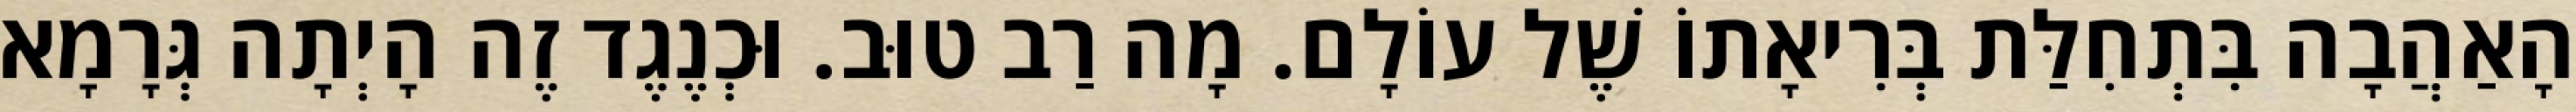
הָאַהֲבָה בִּתְחִלַּת בְּרִיאָתוֹ שֶׁל עוֹלָם. מָה רַב טוּב. וּכְנֶגֶד זֶה הָיְתָה גְּרָמָא